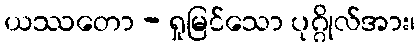
ယဿတော - ရှုမြင်သော ပုဂ္ဂိုလ်အား၊